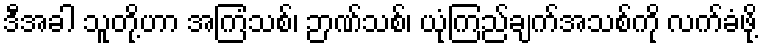
ဒီအခါ သူတို့ဟာ အကြံသစ်၊ ဉာဏ်သစ်၊ ယုံကြည်ချက်အသစ်ကို လက်ခံဖို့